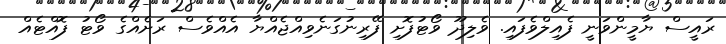
ރައީސް ޔާމީންވަނީ ފެއިލްވެފައި. ވެލިދޫ ވޯޓުފޮށި ފޭރިނުގަނެވިއްޖެއްޔާ އެއްވެސް ރަށެއްގެ ވޯޓު ފޮއްޓެއް